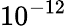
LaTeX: \displaystyle{10^{-12}}